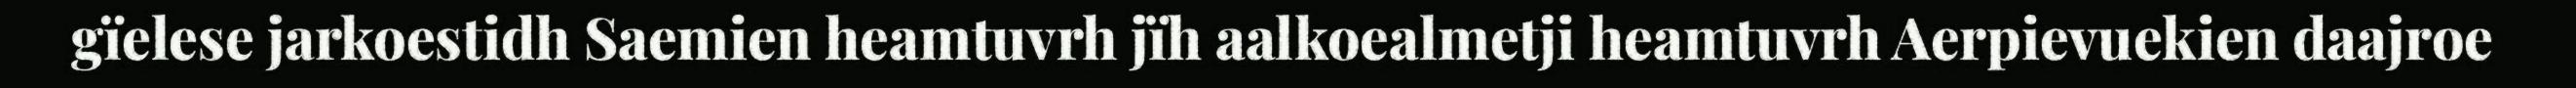
gïelese jarkoestidh Saemien heamtuvrh jïh aalkoealmetji heamtuvrh Aerpievuekien daajroe